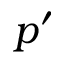
p ^ { \prime }